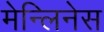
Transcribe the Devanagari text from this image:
मेन्लिनेस